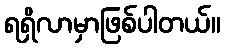
ရရှိလာမှာဖြစ်ပါတယ်။